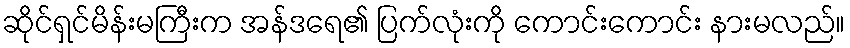
ဆိုင်ရှင်မိန်းမကြီးက အန်ဒရေ၏ ပြက်လုံးကို ကောင်းကောင်း နားမလည်။